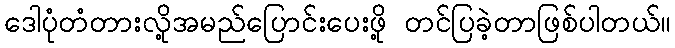
ဒေါပုံတံတားလို့အမည်ပြောင်းပေးဖို့ တင်ပြခဲ့တာဖြစ်ပါတယ်။